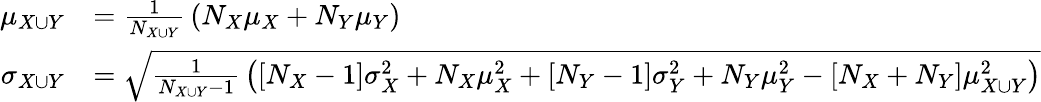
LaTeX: {\begin{array}{rl}{\mu_{X\cup Y}}&{={\frac{1}{N_{X\cup Y}}}\left(N_{X}\mu_{X}+N_{Y}\mu_{Y}\right)}\\ {\sigma_{X\cup Y}}&{={\sqrt{{\frac{1}{N_{X\cup Y}-1}}\left([N_{X}-1]\sigma_{X}^{2}+N_{X}\mu_{X}^{2}+[N_{Y}-1]\sigma_{Y}^{2}+N_{Y}\mu_{Y}^{2}-[N_{X}+N_{Y}]\mu_{X\cup Y}^{2}\right)}}}\end{array}}